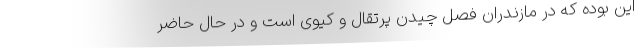
این بوده که در مازندران فصل چیدن پرتقال و کیوی است و در حال حاضر